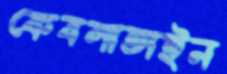
কেবলাতাইন